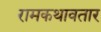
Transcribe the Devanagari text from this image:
रामकथावतार